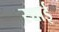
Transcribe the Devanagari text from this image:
स्च्चाई